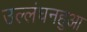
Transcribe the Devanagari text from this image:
उल्लंघनहुआ